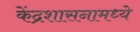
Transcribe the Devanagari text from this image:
केंद्रशासनामध्ये